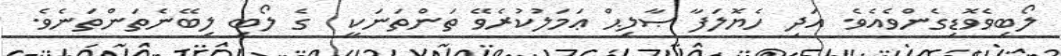
ލޯބިވެވޮޑިގެންވެއެވެ. އަދި ހެޔޮލަފާ ޞާލިޙް ޢަމަލުކުރެވޭ ތަންތަނަކީ  ގެ ލޯބި ލިބޭނެތަންތަނެވެ.